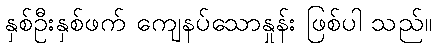
နှစ်ဦးနှစ်ဖက် ကျေနပ်သောနှုန်း ဖြစ်ပါ သည်။